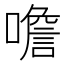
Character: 噡